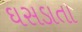
ઘસડાતા